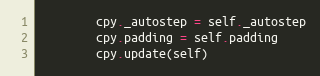
Language: Python
        cpy._autostep = self._autostep
        cpy.padding = self.padding
        cpy.update(self)